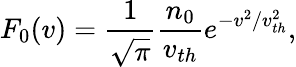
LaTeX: F_{0}(v)=\frac{1}{\sqrt{\pi}}\frac{n_{0}}{v_{th}}e^{-v^{2}/v_{th}^{2}},